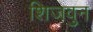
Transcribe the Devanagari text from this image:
शिजवुन